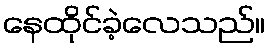
နေထိုင်ခဲ့လေသည်။